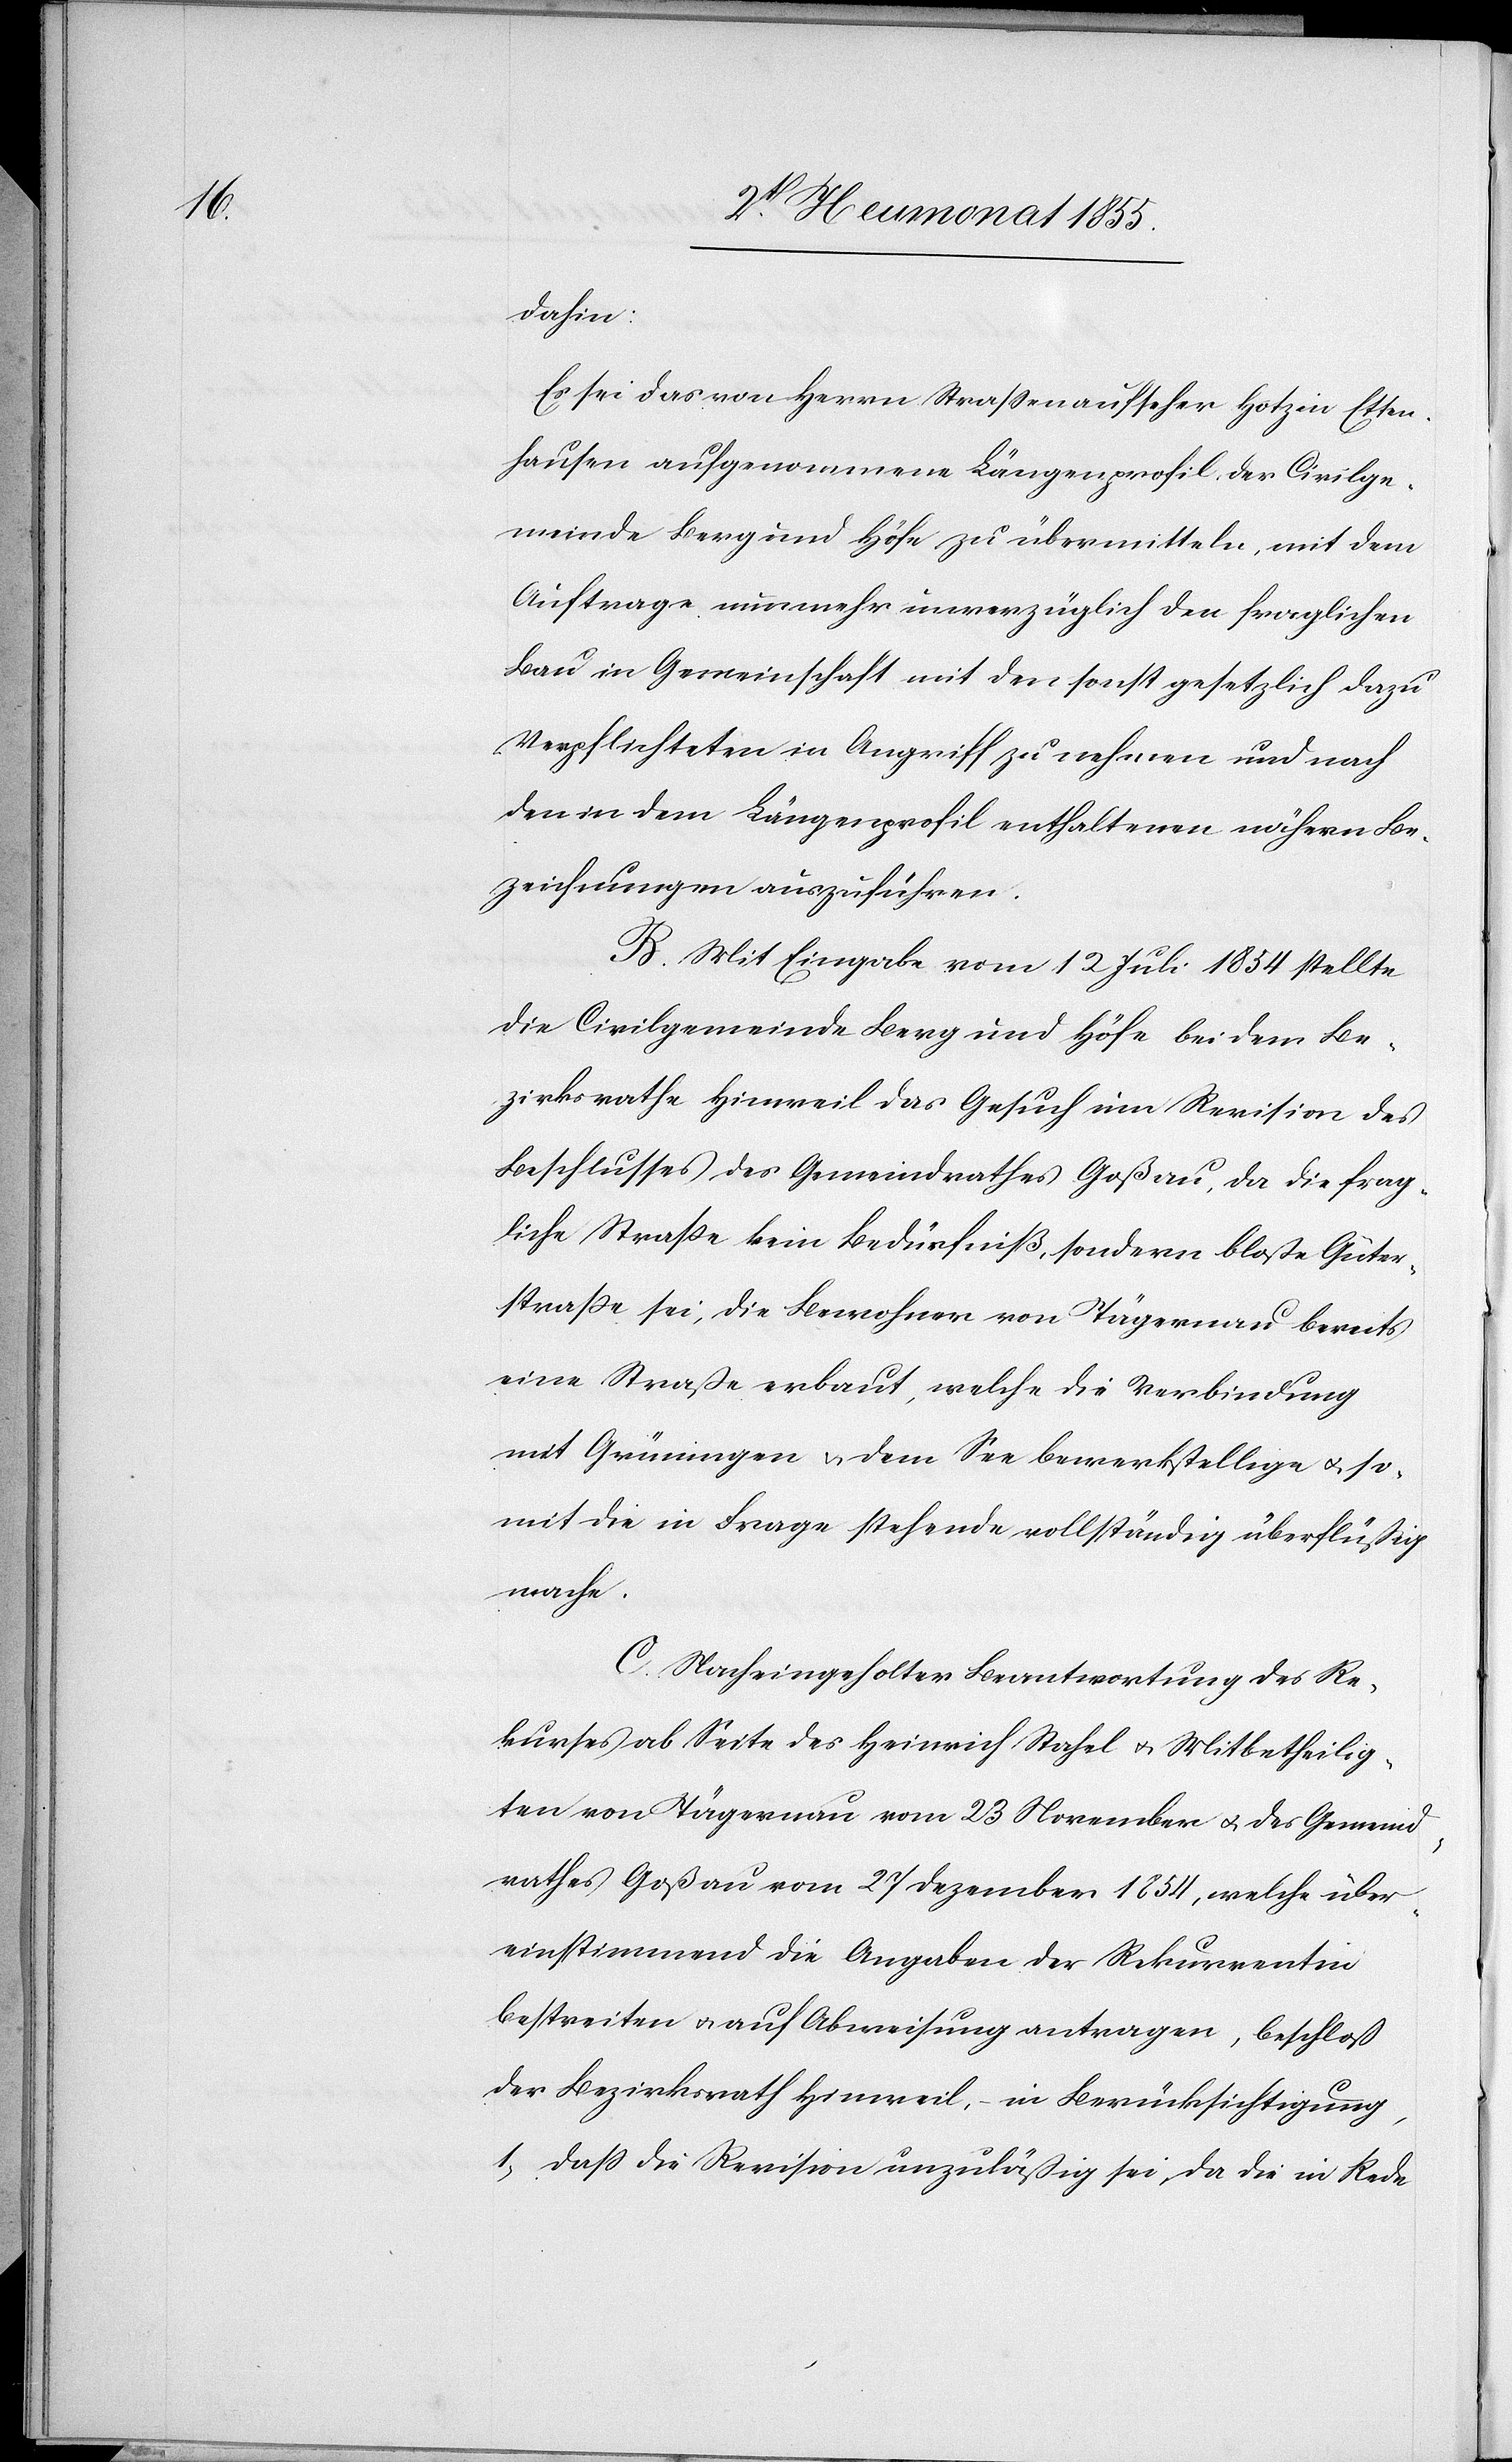
dahin:
Es sei das von Herrn Strassenaufseher Hotz in Etten¬
hausen aufgenommene Längenprofil, der Civilge¬
meinde Berg und Höfe zu übermitteln, mit dem
Auftrage, nunmehr unverzüglich den fraglichen
Bau in Gemeinschaft mit den sonst gesetzlich dazu
Verpflichteten in Angriff zu nehmen und nach
den in dem Längenprofil enthaltenen nähern Be¬
zeichnungen auszuführen.
B. Mit Eingabe vom 12 Juli 1854 stellte
die Civilgemeinde Berg und Höfe bei dem Be¬
zirksrathe Hinweil das Gesuch um Revision des
Beschlusses des Gemeindrathes Goßau, da die frag¬
liche Strasse kein Bedürfniß, sondern bloße Güter¬
strasse sei, die Bewohner von Tägernau bereits
eine Straße erbaut, welche die Verbindung
mit Grüningen & dem See bewerkstellige & so¬
mit die in Frage stehende vollständig überflüßig
mache.
C. Nach eingeholter Beantwortung des Re¬
kurses ab Seite des Heinrich Stahel & Mitbetheilig¬
ten von Tägernau vom 23 November & des Gemeind¬
rathes Goßau vom 27 Dezember 1854, welche über¬
einstimmend die Angaben der Rekurrentin
bestreiten & auf Abweisung antragen, beschloß
der Bezirksrath Hinweil, – in Berücksichtigung,
dass die Revision unzuläßig sei, da die in Rede